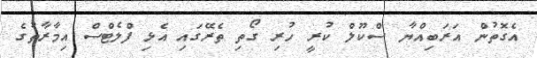
އެގޮތުން އަރަބިއްޔާ ސްކޫލް ކުރީ ހުރި ގޯތި ތެރޭގައި އެޅި ފްލެޓްސް އިމާރާތުގެ